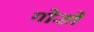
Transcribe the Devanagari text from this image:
गोडो